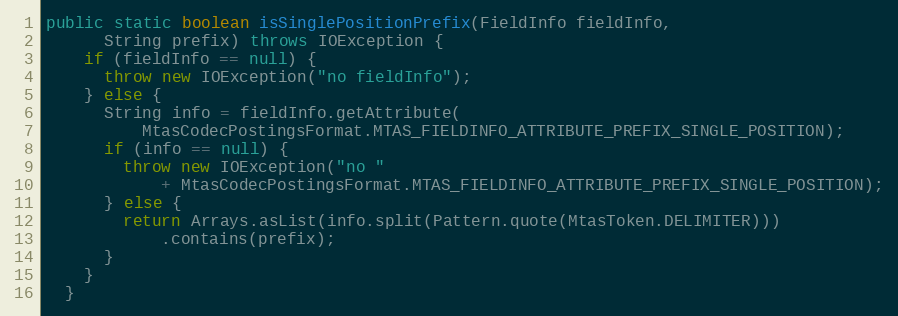
Language: Java
public static boolean isSinglePositionPrefix(FieldInfo fieldInfo,
      String prefix) throws IOException {
    if (fieldInfo == null) {
      throw new IOException("no fieldInfo");
    } else {
      String info = fieldInfo.getAttribute(
          MtasCodecPostingsFormat.MTAS_FIELDINFO_ATTRIBUTE_PREFIX_SINGLE_POSITION);
      if (info == null) {
        throw new IOException("no "
            + MtasCodecPostingsFormat.MTAS_FIELDINFO_ATTRIBUTE_PREFIX_SINGLE_POSITION);
      } else {
        return Arrays.asList(info.split(Pattern.quote(MtasToken.DELIMITER)))
            .contains(prefix);
      }
    }
  }